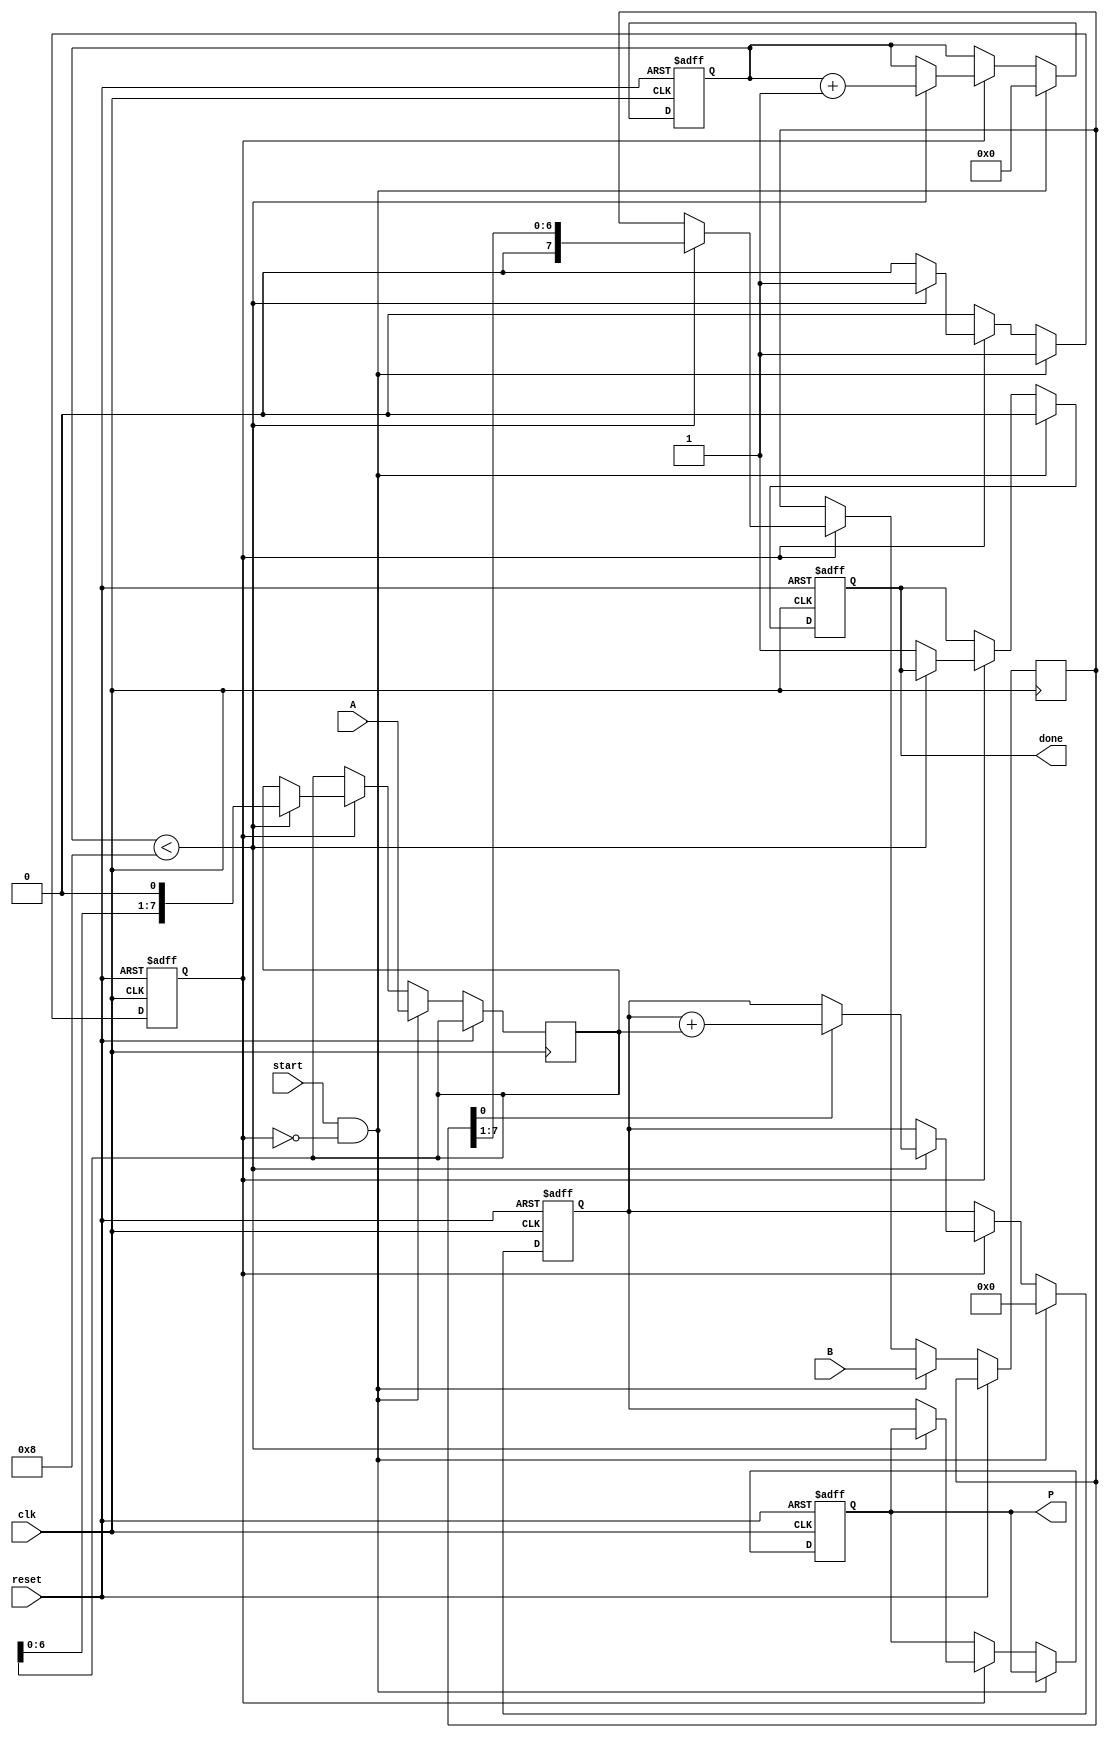
module radix2_multiplier #(
    parameter N = 8  // Number of bits for A and B
)(
    input wire [N-1:0] A,     // Multiplicand
    input wire [N-1:0] B,     // Multiplier
    input wire start,          // Start signal
    input wire clk,            // Clock signal
    input wire reset,          // Reset signal
    output reg [2*N-1:0] P,    // Product output
    output reg done            // Done signal
);

    reg [N-1:0] multiplicand;   // Register to hold A
    reg [N-1:0] multiplier;      // Register to hold B
    reg [2*N-1:0] product;       // Register for intermediate product
    reg [3:0] count;             // Bit count for the multiplier
    reg running;                 // Multiplication state

    // Initial settings
    always @(posedge clk or posedge reset) begin
        if (reset) begin
            product <= 0;
            P <= 0;
            count <= 0;
            running <= 0;
            done <= 0;
        end else if (start && !running) begin
            // Load values and initialize
            multiplicand <= A;
            multiplier <= B;
            product <= 0;
            count <= 0;
            running <= 1;
            done <= 0;
        end else if (running) begin
            // Shift and Add Process
            if (count < N) begin
                // If LSB of multiplier is 1, add multiplicand to product
                if (multiplier[0] == 1) begin
                    product <= product + multiplicand;
                end
                // Shift right multiplier by 1
                multiplier <= {1'b0, multiplier[N-1:1]};
                // Shift left multiplicand by 1 (equivalent to multiplying by 2)
                multiplicand <= {multiplicand[N-2:0], 1'b0};
                count <= count + 1;
            end else begin
                // Finished multiplication
                P <= product;
                done <= 1;
                running <= 0;
            end
        end
    end
endmodule